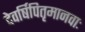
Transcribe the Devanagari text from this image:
देवर्षिपितृमानवाः